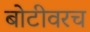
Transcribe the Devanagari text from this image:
बोटीवरच